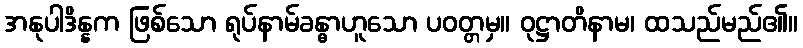
အနုပါဒိန္နက ဖြစ်သော ရုပ်နာမ်ခန္ဓာဟူသော ပဝတ္တမှ။ ဝုဋ္ဌာတိနာမ၊ ထသည်မည်၏။